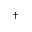
^ \dagger